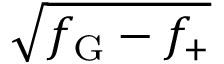
\sqrt { f _ { \mathrm { G } } - f _ { + } }